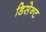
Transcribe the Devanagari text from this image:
डिसेन्ट